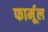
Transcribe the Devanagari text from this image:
फार्मूल